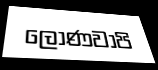
ලොණවාපි